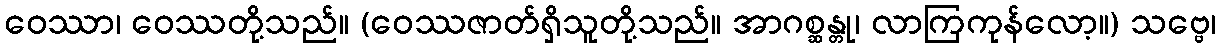
ဝေဿာ၊ ဝေဿတို့သည်။ (ဝေဿဇာတ်ရှိသူတို့သည်။ အာဂစ္ဆန္တု၊ လာကြကုန်လော့။) သဗ္ဗေ၊